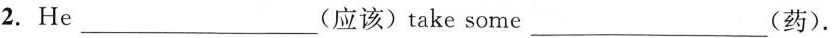
2.He___(应该)take some___(药).